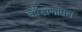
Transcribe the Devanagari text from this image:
कोंडाणापण